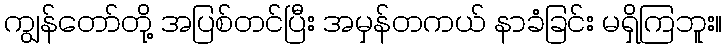
ကျွန်တော်တို့ အပြစ်တင်ပြီး အမှန်တကယ် နာခံခြင်း မရှိကြဘူး။